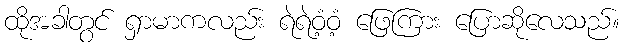
ထိုအခါတွင် ရှာမာကလည်း ရဲရဲဝံ့ဝံ့ ဖြေကြား ပြောဆိုလေသည်။